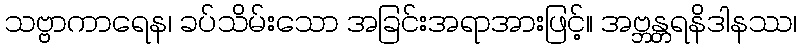
သဗ္ဗာကာရေန၊ ခပ်သိမ်းသော အခြင်းအရာအားဖြင့်။ အဗ္ဘန္တရနိဒါနဿ၊